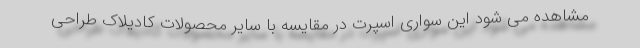
مشاهده می شود این سواری اسپرت در مقایسه با سایر محصولات کادیلاک طراحی